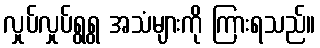
လှုပ်လှုပ်ရွရွ အသံများကို ကြားရသည်။